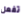
تفعل